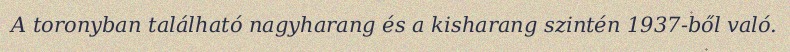
A toronyban található nagyharang és a kisharang szintén 1937-ből való.